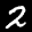
Label: 2